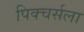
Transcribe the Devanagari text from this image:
पिक्चर्सला